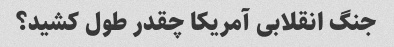
جنگ انقلابی آمریکا چقدر طول کشید؟